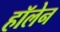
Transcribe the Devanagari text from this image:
हॉलेन